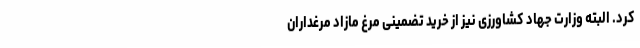
کرد. البته وزارت جهاد کشاورزی نیز از خرید تضمینی مرغ مازاد مرغداران